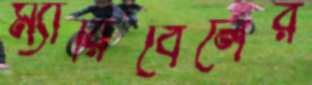
ম্যারিবেলের